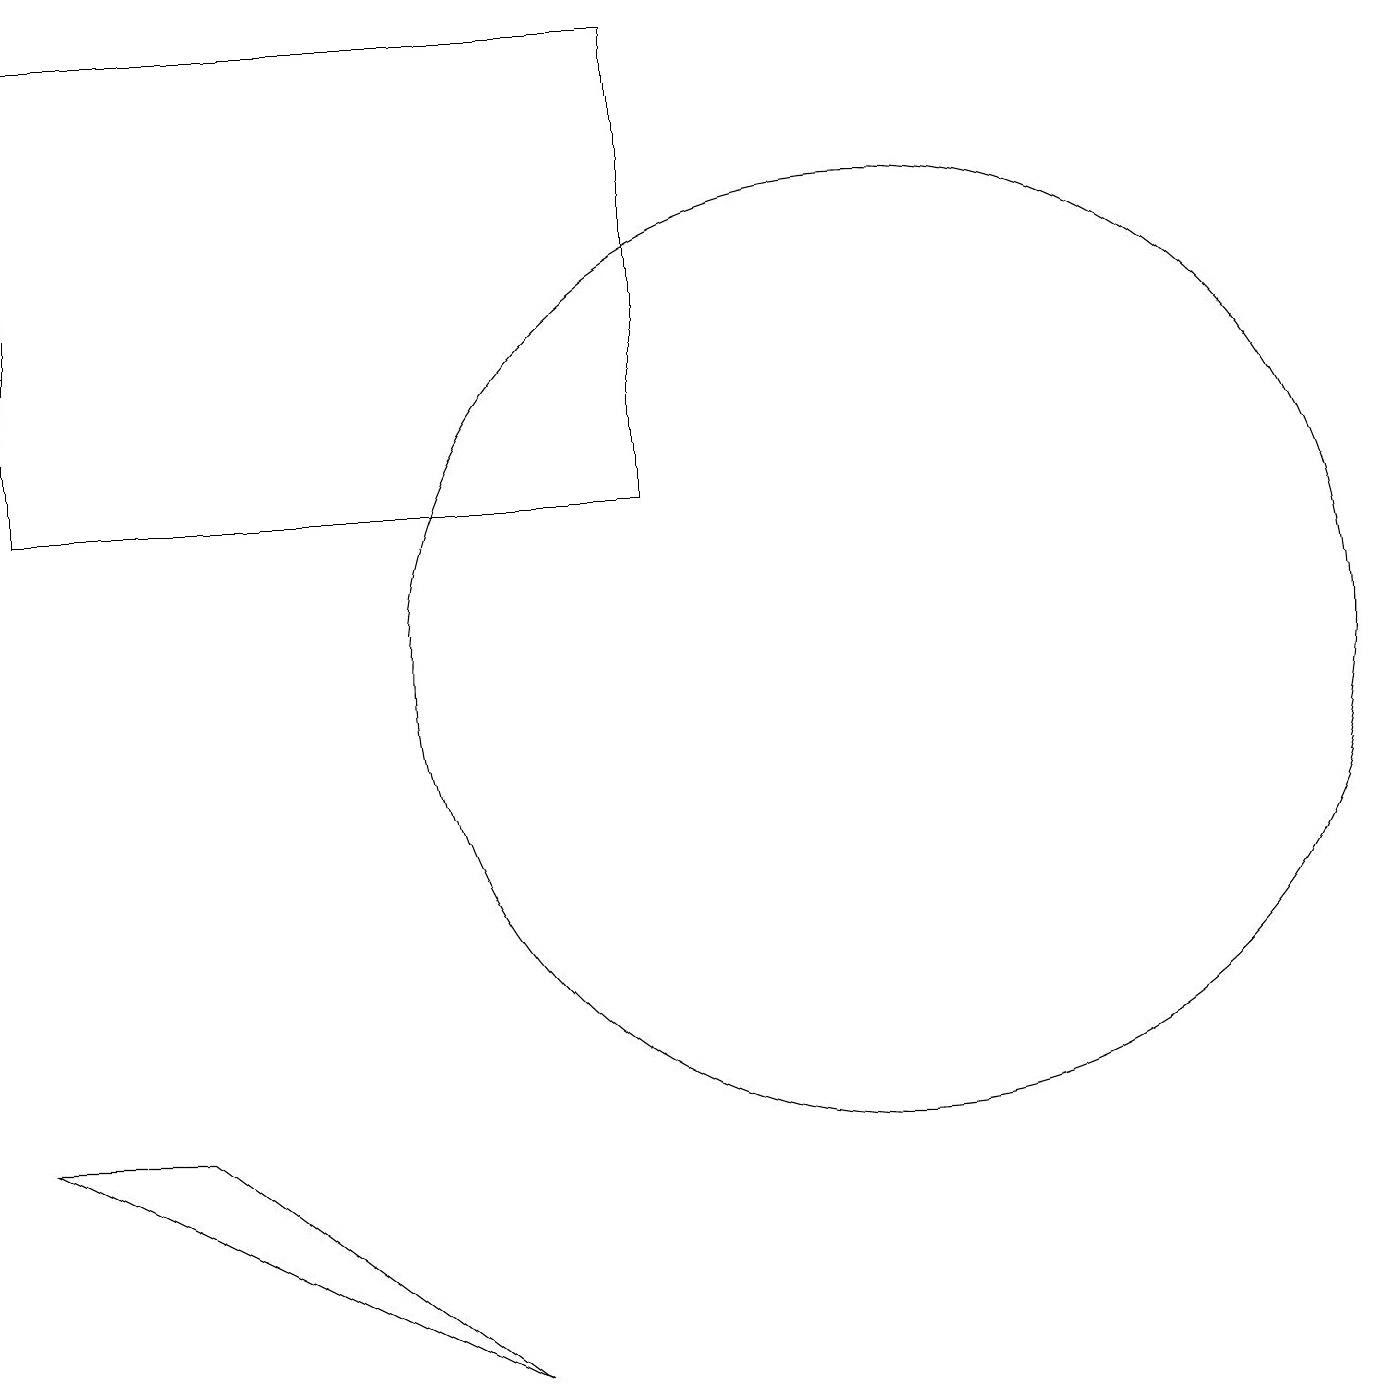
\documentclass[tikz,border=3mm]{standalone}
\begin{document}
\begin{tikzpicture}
\draw (11,11) circle (6);
\draw (0,5) -- (6,2) -- (2,5) -- cycle;
\draw (8,13) rectangle (0,19);
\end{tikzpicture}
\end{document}